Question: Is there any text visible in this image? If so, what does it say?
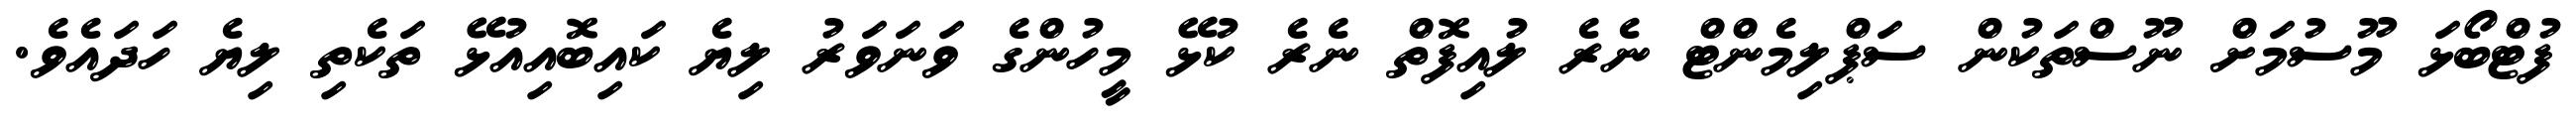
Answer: ފުޓްބޯޅަ މޫސުމަށް ނޫސްތަކުން ސަޕްލިމެންޓް ނެރެ ލުއިފޮތް ނެރެ ކުޅޭ މީހުންގެ ވަނަވަރު ލިޔެ ކައިބޮއިއުޅޭ ތަކެތި ލިޔެ ހަދައެވެ.